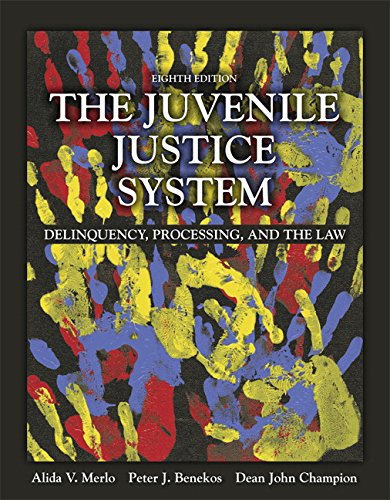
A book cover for The Juvenile Justice System: Delinquency, Processing, and the Law (8th Edition); Alida V. Merlo; Law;